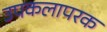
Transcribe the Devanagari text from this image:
उपकलापरक